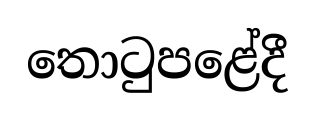
තොටුපළේදී